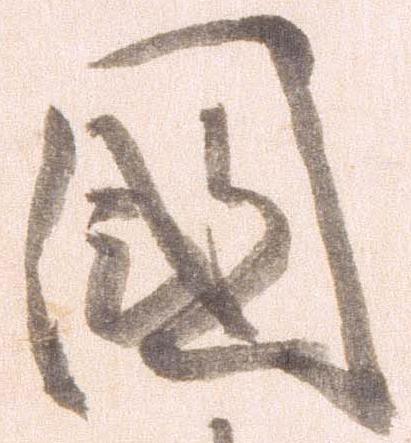
国